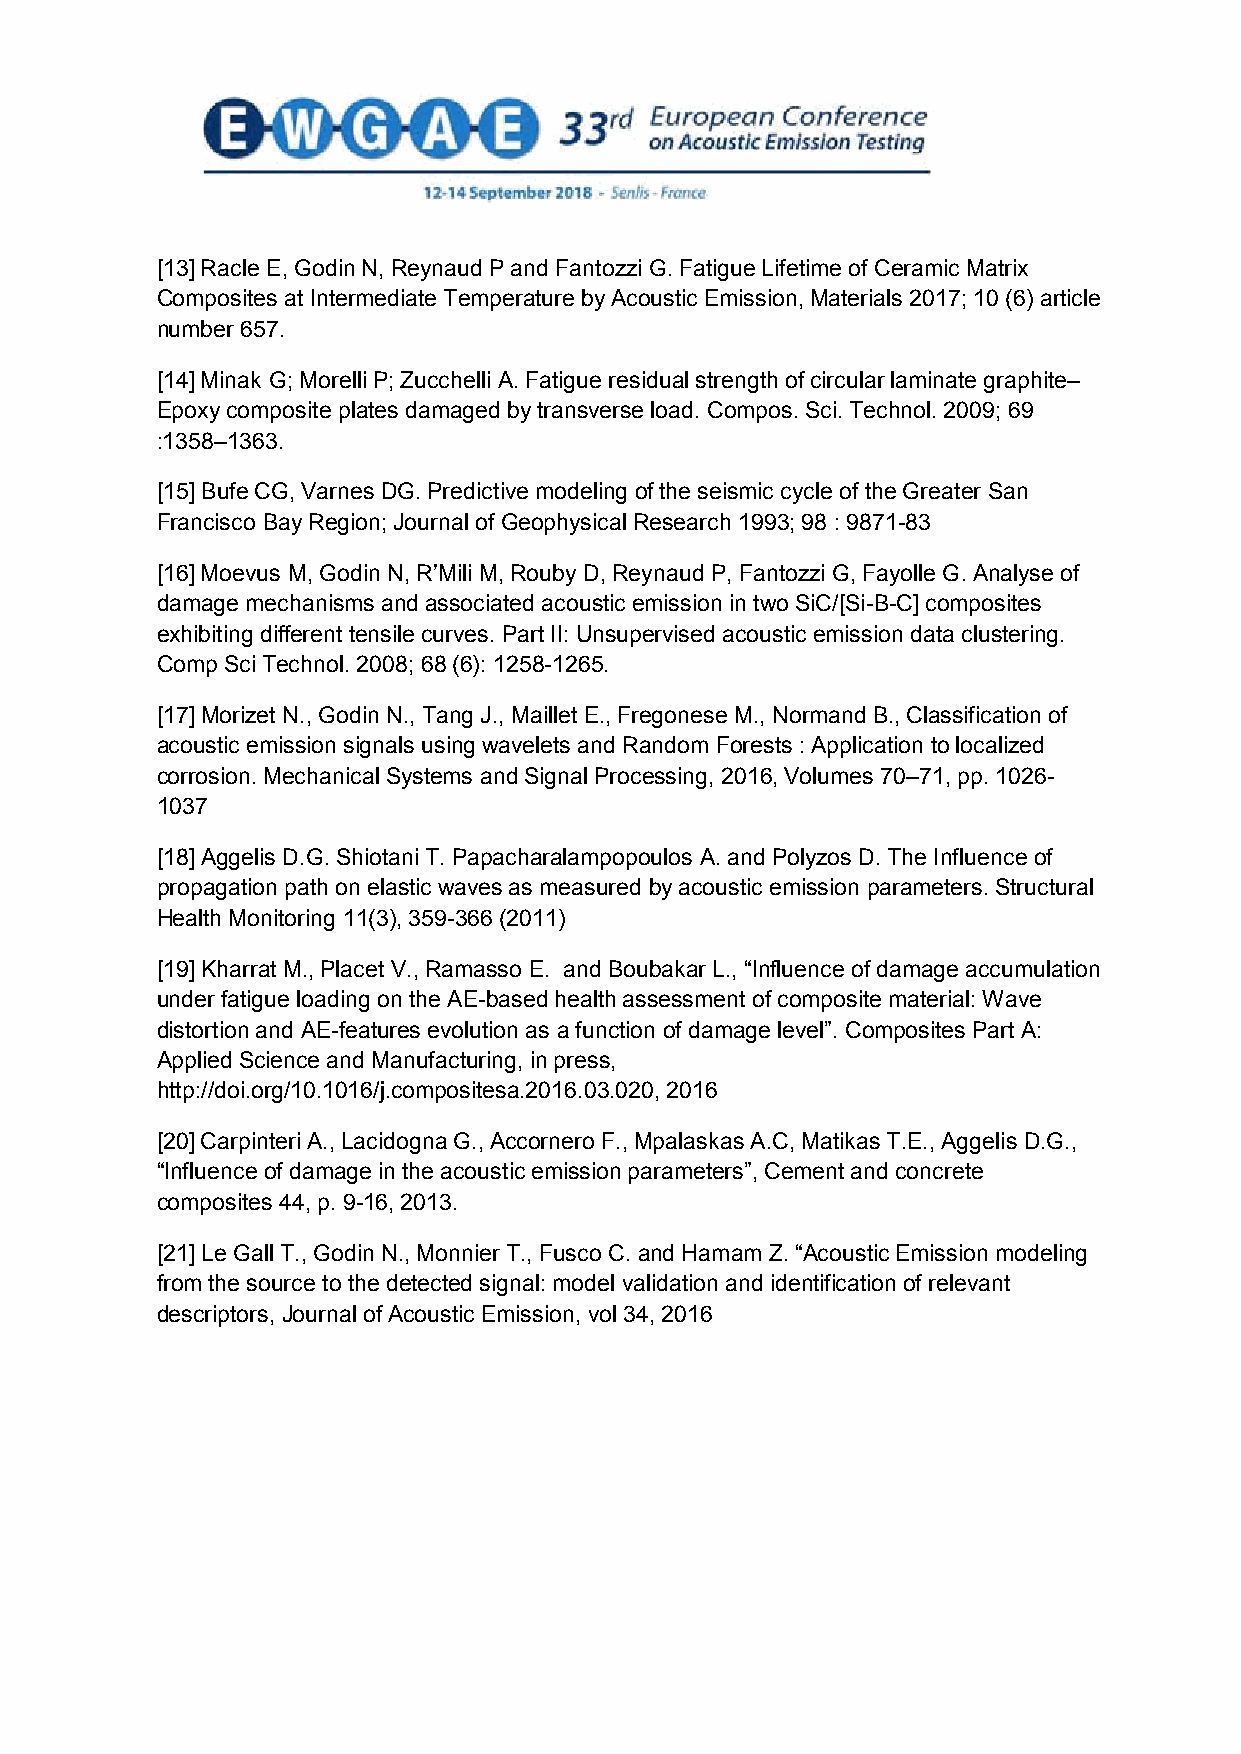
[13] Racle E, Godin N, Reynaud P and Fantozzi G. Fatigue Lifetime of Ceramic Matrix
 Composites at Intermediate Temperature by Acoustic Emission, Materials 2017; 10 (6) article
 number 657.
 [14] Minak G; Morelli P; Zucchelli A. Fatigue residual strength of circular laminate graphite–
 Epoxy composite plates damaged by transverse load. Compos. Sci. Technol. 2009; 69
 :1358–1363.
 [15] Bufe CG, Varnes DG. Predictive modeling of the seismic cycle of the Greater San
 Francisco Bay Region; Journal of Geophysical Research 1993; 98 : 9871-83
 [16] Moevus M, Godin N, R’Mili M, Rouby D, Reynaud P, Fantozzi G, Fayolle G. Analyse of
 damage mechanisms and associated acoustic emission in two SiC/[Si-B-C] composites
 exhibiting different tensile curves. Part II: Unsupervised acoustic emission data clustering.
 Comp Sci Technol. 2008; 68 (6): 1258-1265.
 [17] Morizet N., Godin N., Tang J., Maillet E., Fregonese M., Normand B., Classification of
 acoustic emission signals using wavelets and Random Forests : Application to localized
 corrosion. Mechanical Systems and Signal Processing, 2016, Volumes 70–71, pp. 1026-
 1037
 [18] Aggelis D.G. Shiotani T. Papacharalampopoulos A. and Polyzos D. The Influence of
 propagation path on elastic waves as measured by acoustic emission parameters. Structural
 Health Monitoring 11(3), 359-366 (2011)
 [19] Kharrat M., Placet V., Ramasso E. and Boubakar L., “Influence of damage accumulation
 under fatigue loading on the AE-based health assessment of composite material: Wave
 distortion and AE-features evolution as a function of damage level”. Composites Part A:
 Applied Science and Manufacturing, in press,
 http://doi.org/10.1016/j.compositesa.2016.03.020, 2016
 [20] Carpinteri A., Lacidogna G., Accornero F., Mpalaskas A.C, Matikas T.E., Aggelis D.G.,
 “Influence of damage in the acoustic emission parameters”, Cement and concrete
 composites 44, p. 9-16, 2013.
 [21] Le Gall T., Godin N., Monnier T., Fusco C. and Hamam Z. “Acoustic Emission modeling
 from the source to the detected signal: model validation and identification of relevant
 descriptors, Journal of Acoustic Emission, vol 34, 2016
 16